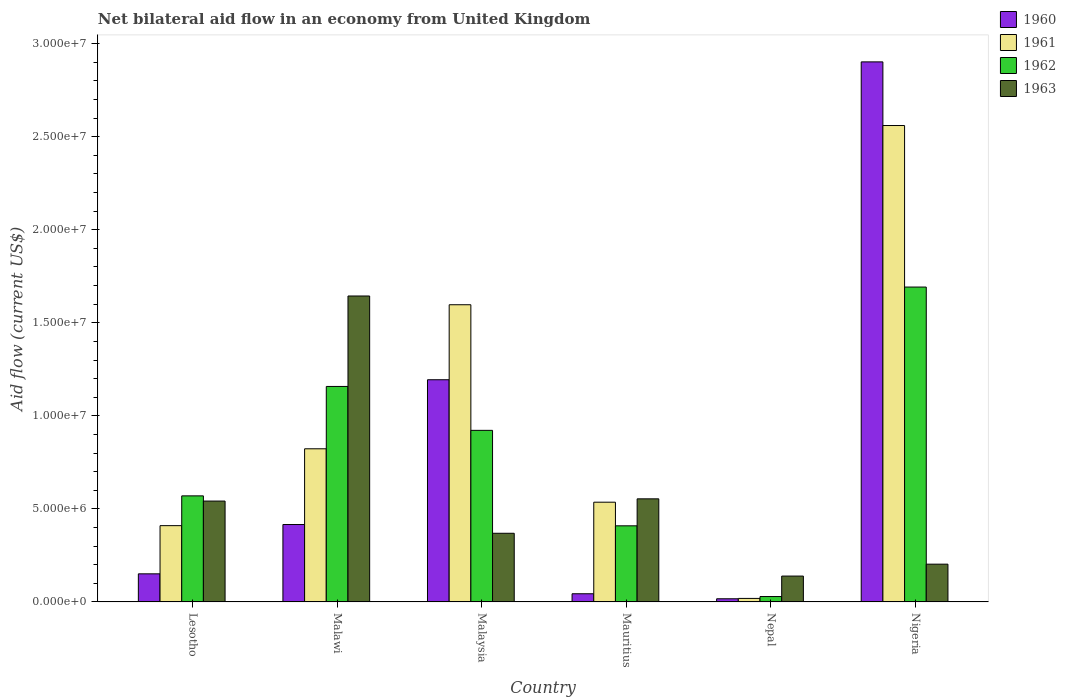
| Country | 1960 | 1961 | 1962 | 1963 |
 | --- | --- | --- | --- | --- |
 | Lesotho | 1.51e+06 | 4.1e+06 | 5.7e+06 | 5.42e+06 |
 | Malawi | 4.16e+06 | 8.23e+06 | 1.16e+07 | 1.64e+07 |
 | Malaysia | 1.19e+07 | 1.6e+07 | 9.22e+06 | 3.69e+06 |
 | Mauritius | 4.4e+05 | 5.36e+06 | 4.09e+06 | 5.54e+06 |
 | Nepal | 1.7e+05 | 1.9e+05 | 2.9e+05 | 1.39e+06 |
 | Nigeria | 2.9e+07 | 2.56e+07 | 1.69e+07 | 2.03e+06 |